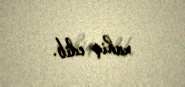
xahiş edib.